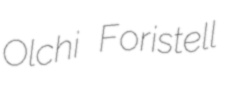
Olchi Foristell